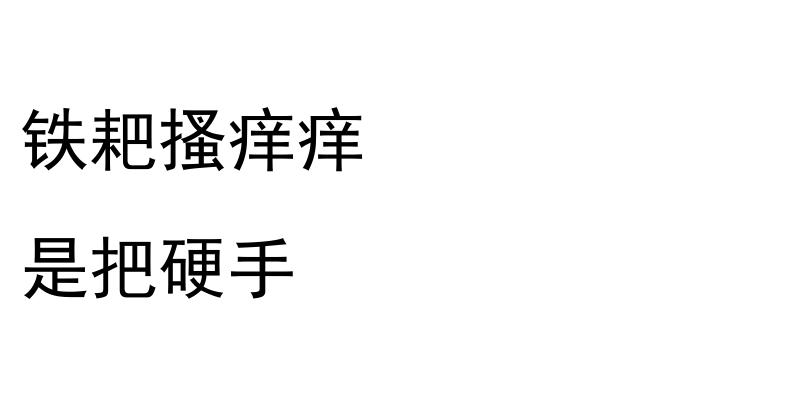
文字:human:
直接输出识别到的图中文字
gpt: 铁耙搔痒痒 是把硬手